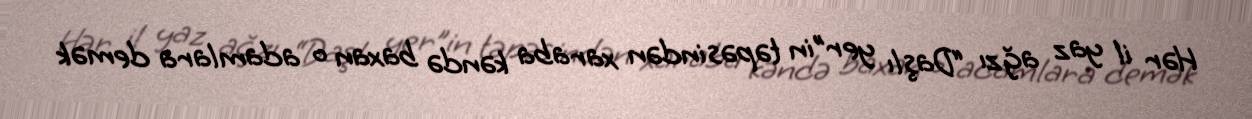
Hər il yaz ağzı “Daşlı yer”in təpəsindən xaraba kəndə baxan o adamlara demək